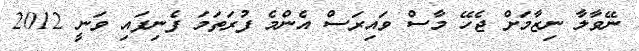
ނޭވާލާ ނިޒާމަށް ޖެހޭ މާސް ވައިރަސް އެންމެ ފުރަތަމަ ފެނިފައި ވަނީ 2012